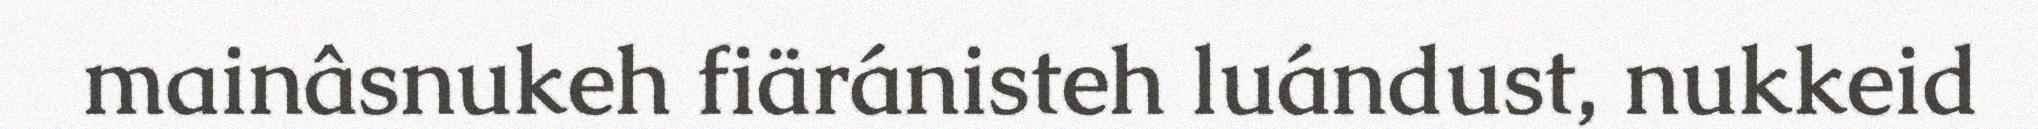
mainâsnukeh fiäránisteh luándust, nukkeid